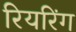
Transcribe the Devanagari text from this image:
रियरिंग